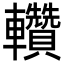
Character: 䡽